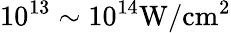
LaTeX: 10^{13}\sim 10^{14}\mathrm{W/cm^{2}}